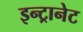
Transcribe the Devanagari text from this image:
इन्ट्रानेट